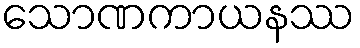
သောဏကာယနဿ